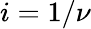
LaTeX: i=1/\nu